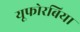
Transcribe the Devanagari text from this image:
यूफोरबिया